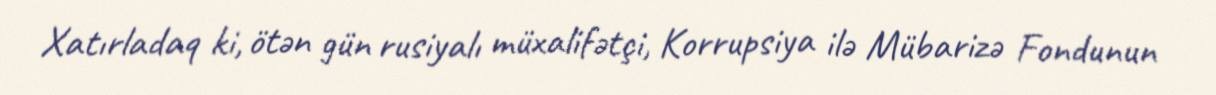
Xatırladaq ki, ötən gün rusiyalı müxalifətçi, Korrupsiya ilə Mübarizə Fondunun